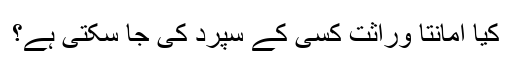
کیا امانتاً وراثت کسی کے سپرد کی جا سکتی ہے؟